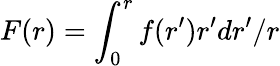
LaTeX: F(r)=\int_{0}^{r}f(r^{\prime})r^{\prime}dr^{\prime}/r